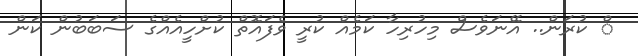
ް ކުރަން.. އޭނަވެސް މިހުރިހާ ކަމެއް ކުރީ ވެފައޮތް ކުށްހީއެއްގެ ސަބަބުން ކަން